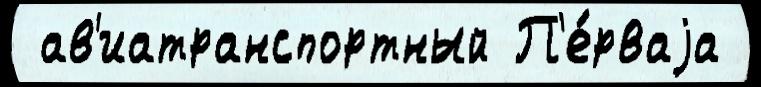
 ав'иатранспортный П'е́рваjа